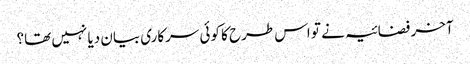
آخر فضائیہ نے تو اس طرح کا کوئی سرکاری بیان دیا نہیں تھا؟